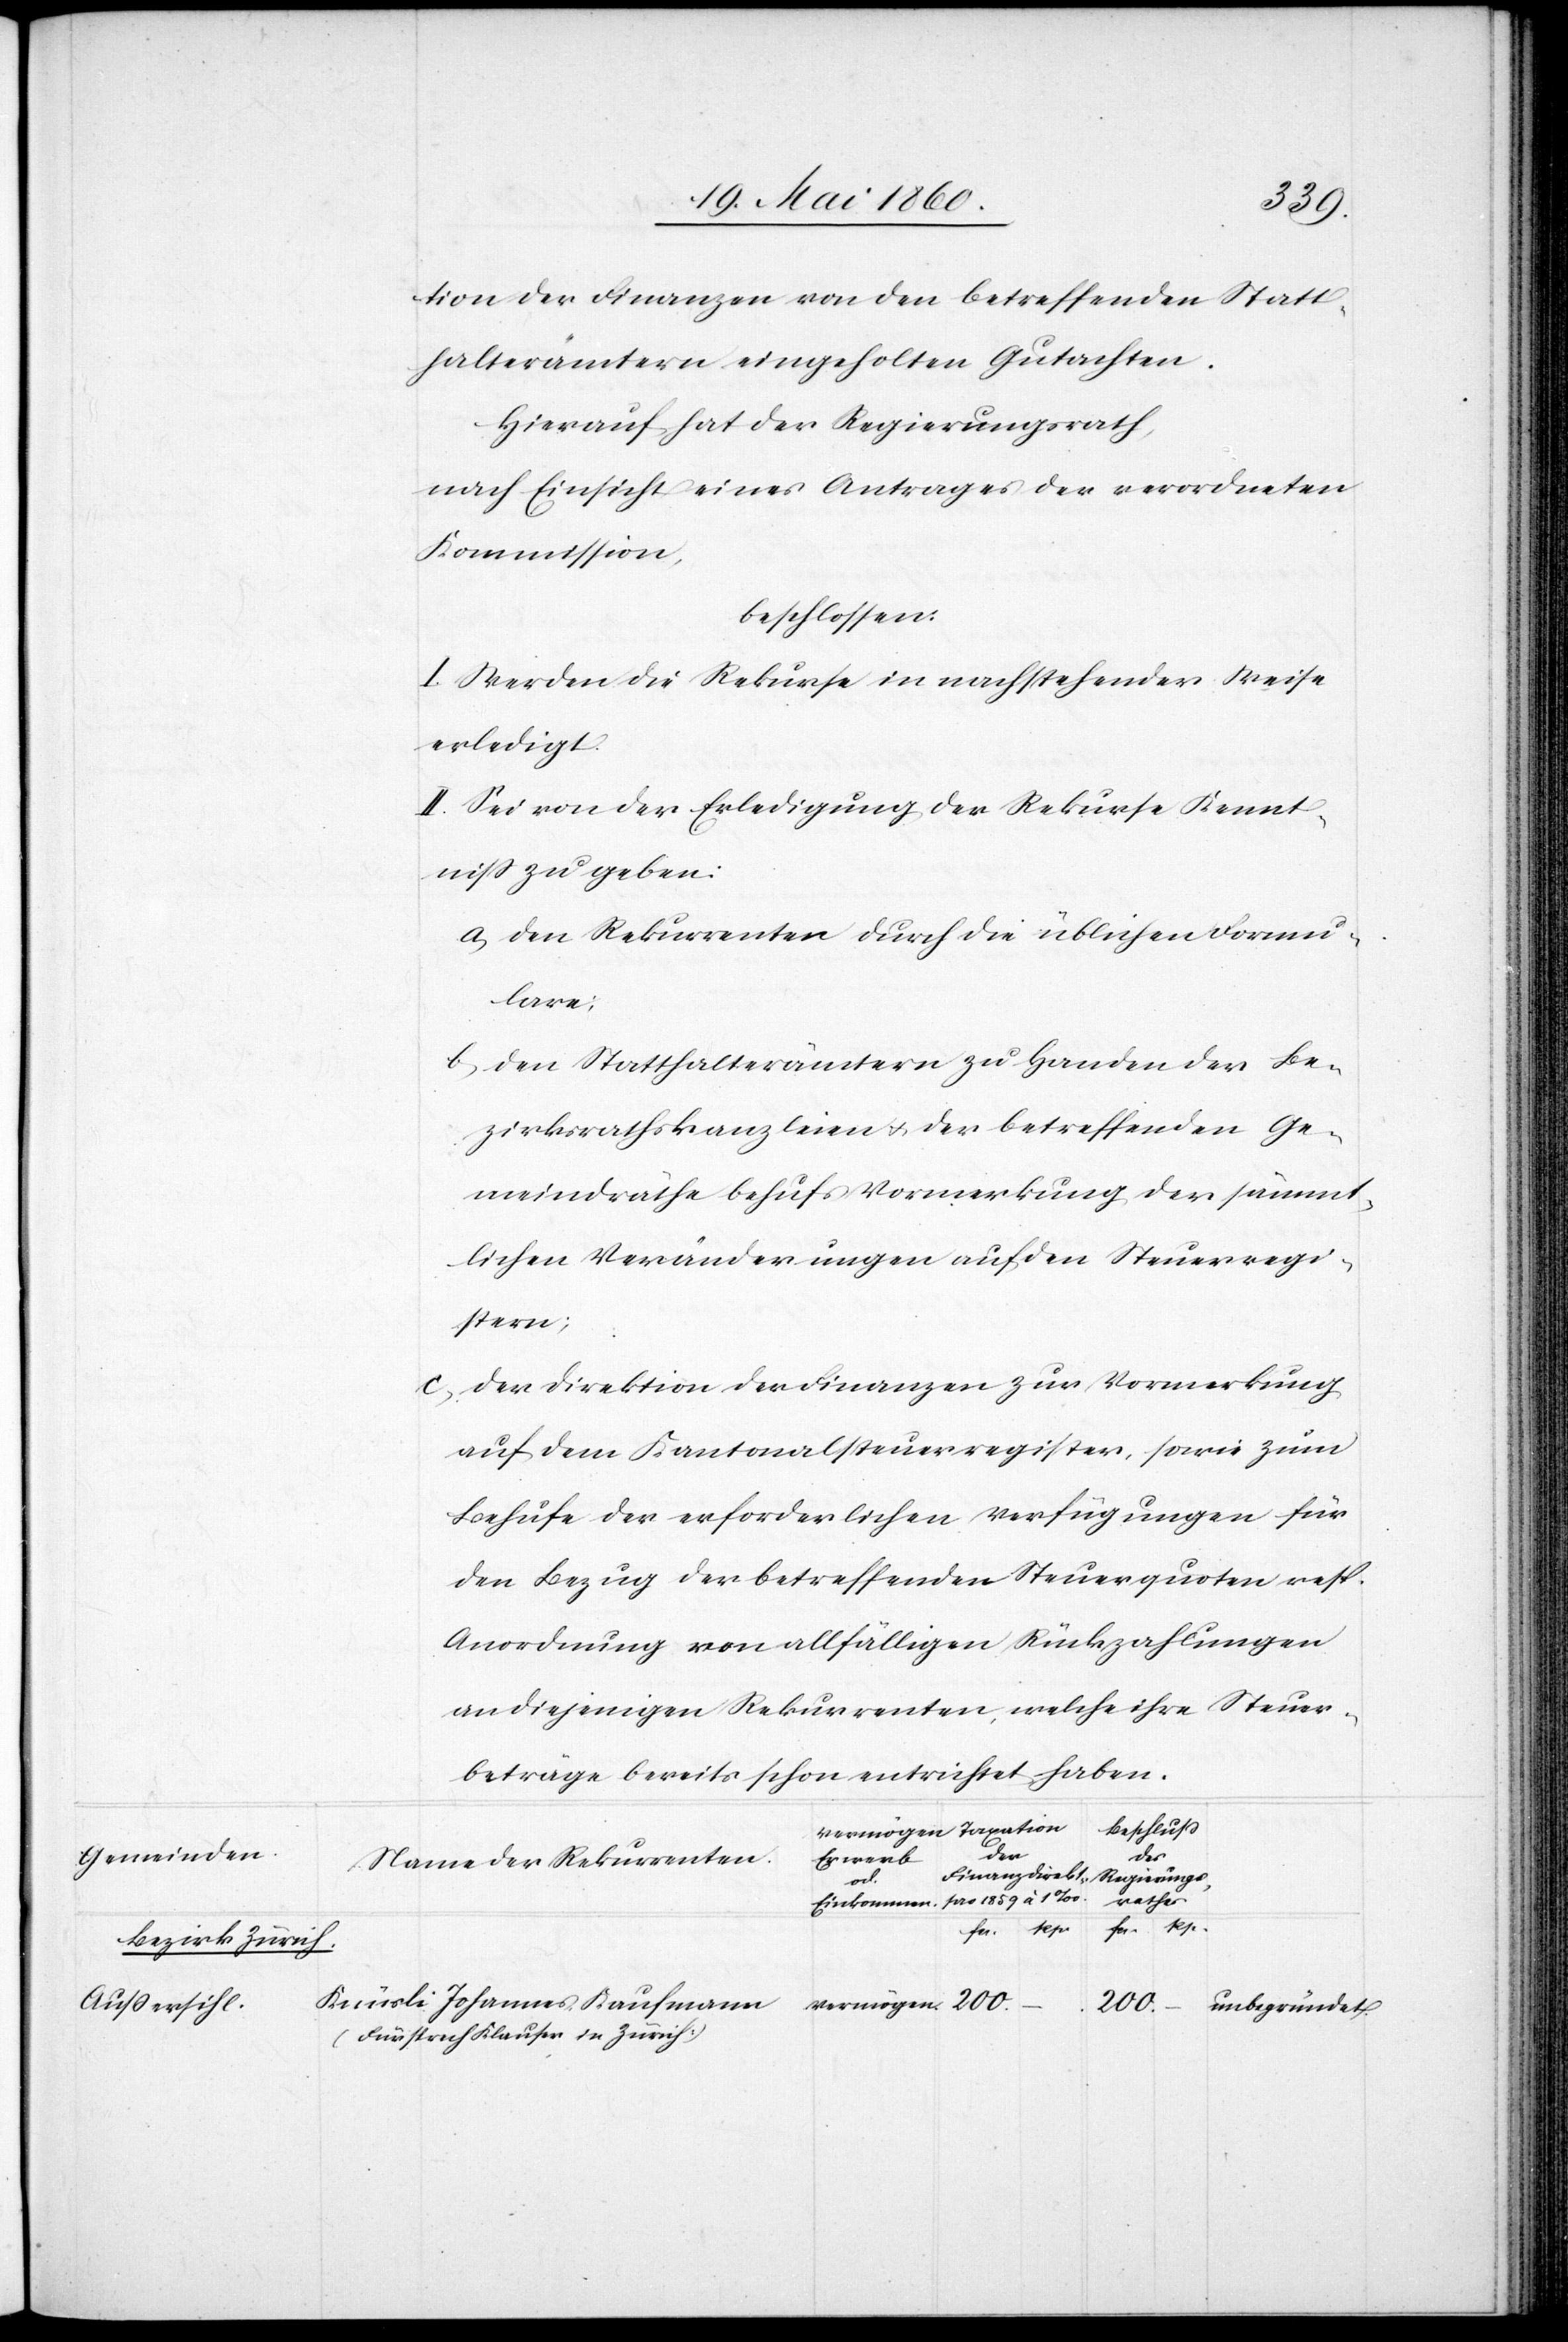
1859
tion der Finanzen von den betreffenden Statt¬
halterämtern eingeholten Gutachten.
Hierauf hat der Regierungsrath,
nach Einsicht eines Antrages der verordneten
Kommission,
beschlossen.
I. Werden die Rekurse in nachstehender Weise
erledigt.
II. Sei von der Erledigung der Rekurse Kennt¬
niss zu geben:
a. den Rekurrenten durch die üblichen Formu¬
lare.
b. den Statthalterämtern zu Handen der Be¬
zirksrathskanzleien u. der betreffenden Ge¬
meindräthe behufs Vormerkung der sämmt¬
lichen Veränderungen auf den Steuerregi¬
stern;
c. der Direktion der Finanzen zur Vormerkung
auf dem Kantonalsteuerregister, sowie zum
Behufe der erforderlichen Verfügungen für
den Bezug der betreffenden Steuerquoten resp.
Anordnung von allfälligen Rückzahlungen
an diejenigen Rekurrenten, welche ihre Steuer¬
Beschluss
mögen
Gemeinden
Erwerb
Name der Rekurrenten
Finanzdirektion
Regierungs¬
Rp.
fcs.
Bezirk Zürich
Knüsli, Johannes Kaufmann
Aussersihl
200.
unbegründet
(Fürsprech Klauser in Zürich.)